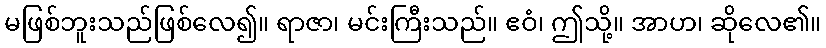
မဖြစ်ဘူးသည်ဖြစ်လေ၍။ ရာဇာ၊ မင်းကြီးသည်။ ဧဝံ၊ ဤသို့။ အာဟ၊ ဆိုလေ၏။